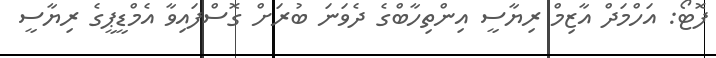
ފޮޓޯ: އަހްމަދް އާޒިމް ރިޔާސީ އިންތިހާބްގެ ދެވަނަ ބުރަށް ގޮސްފައިވާ އެމްޑީޕީގެ ރިޔާސީ